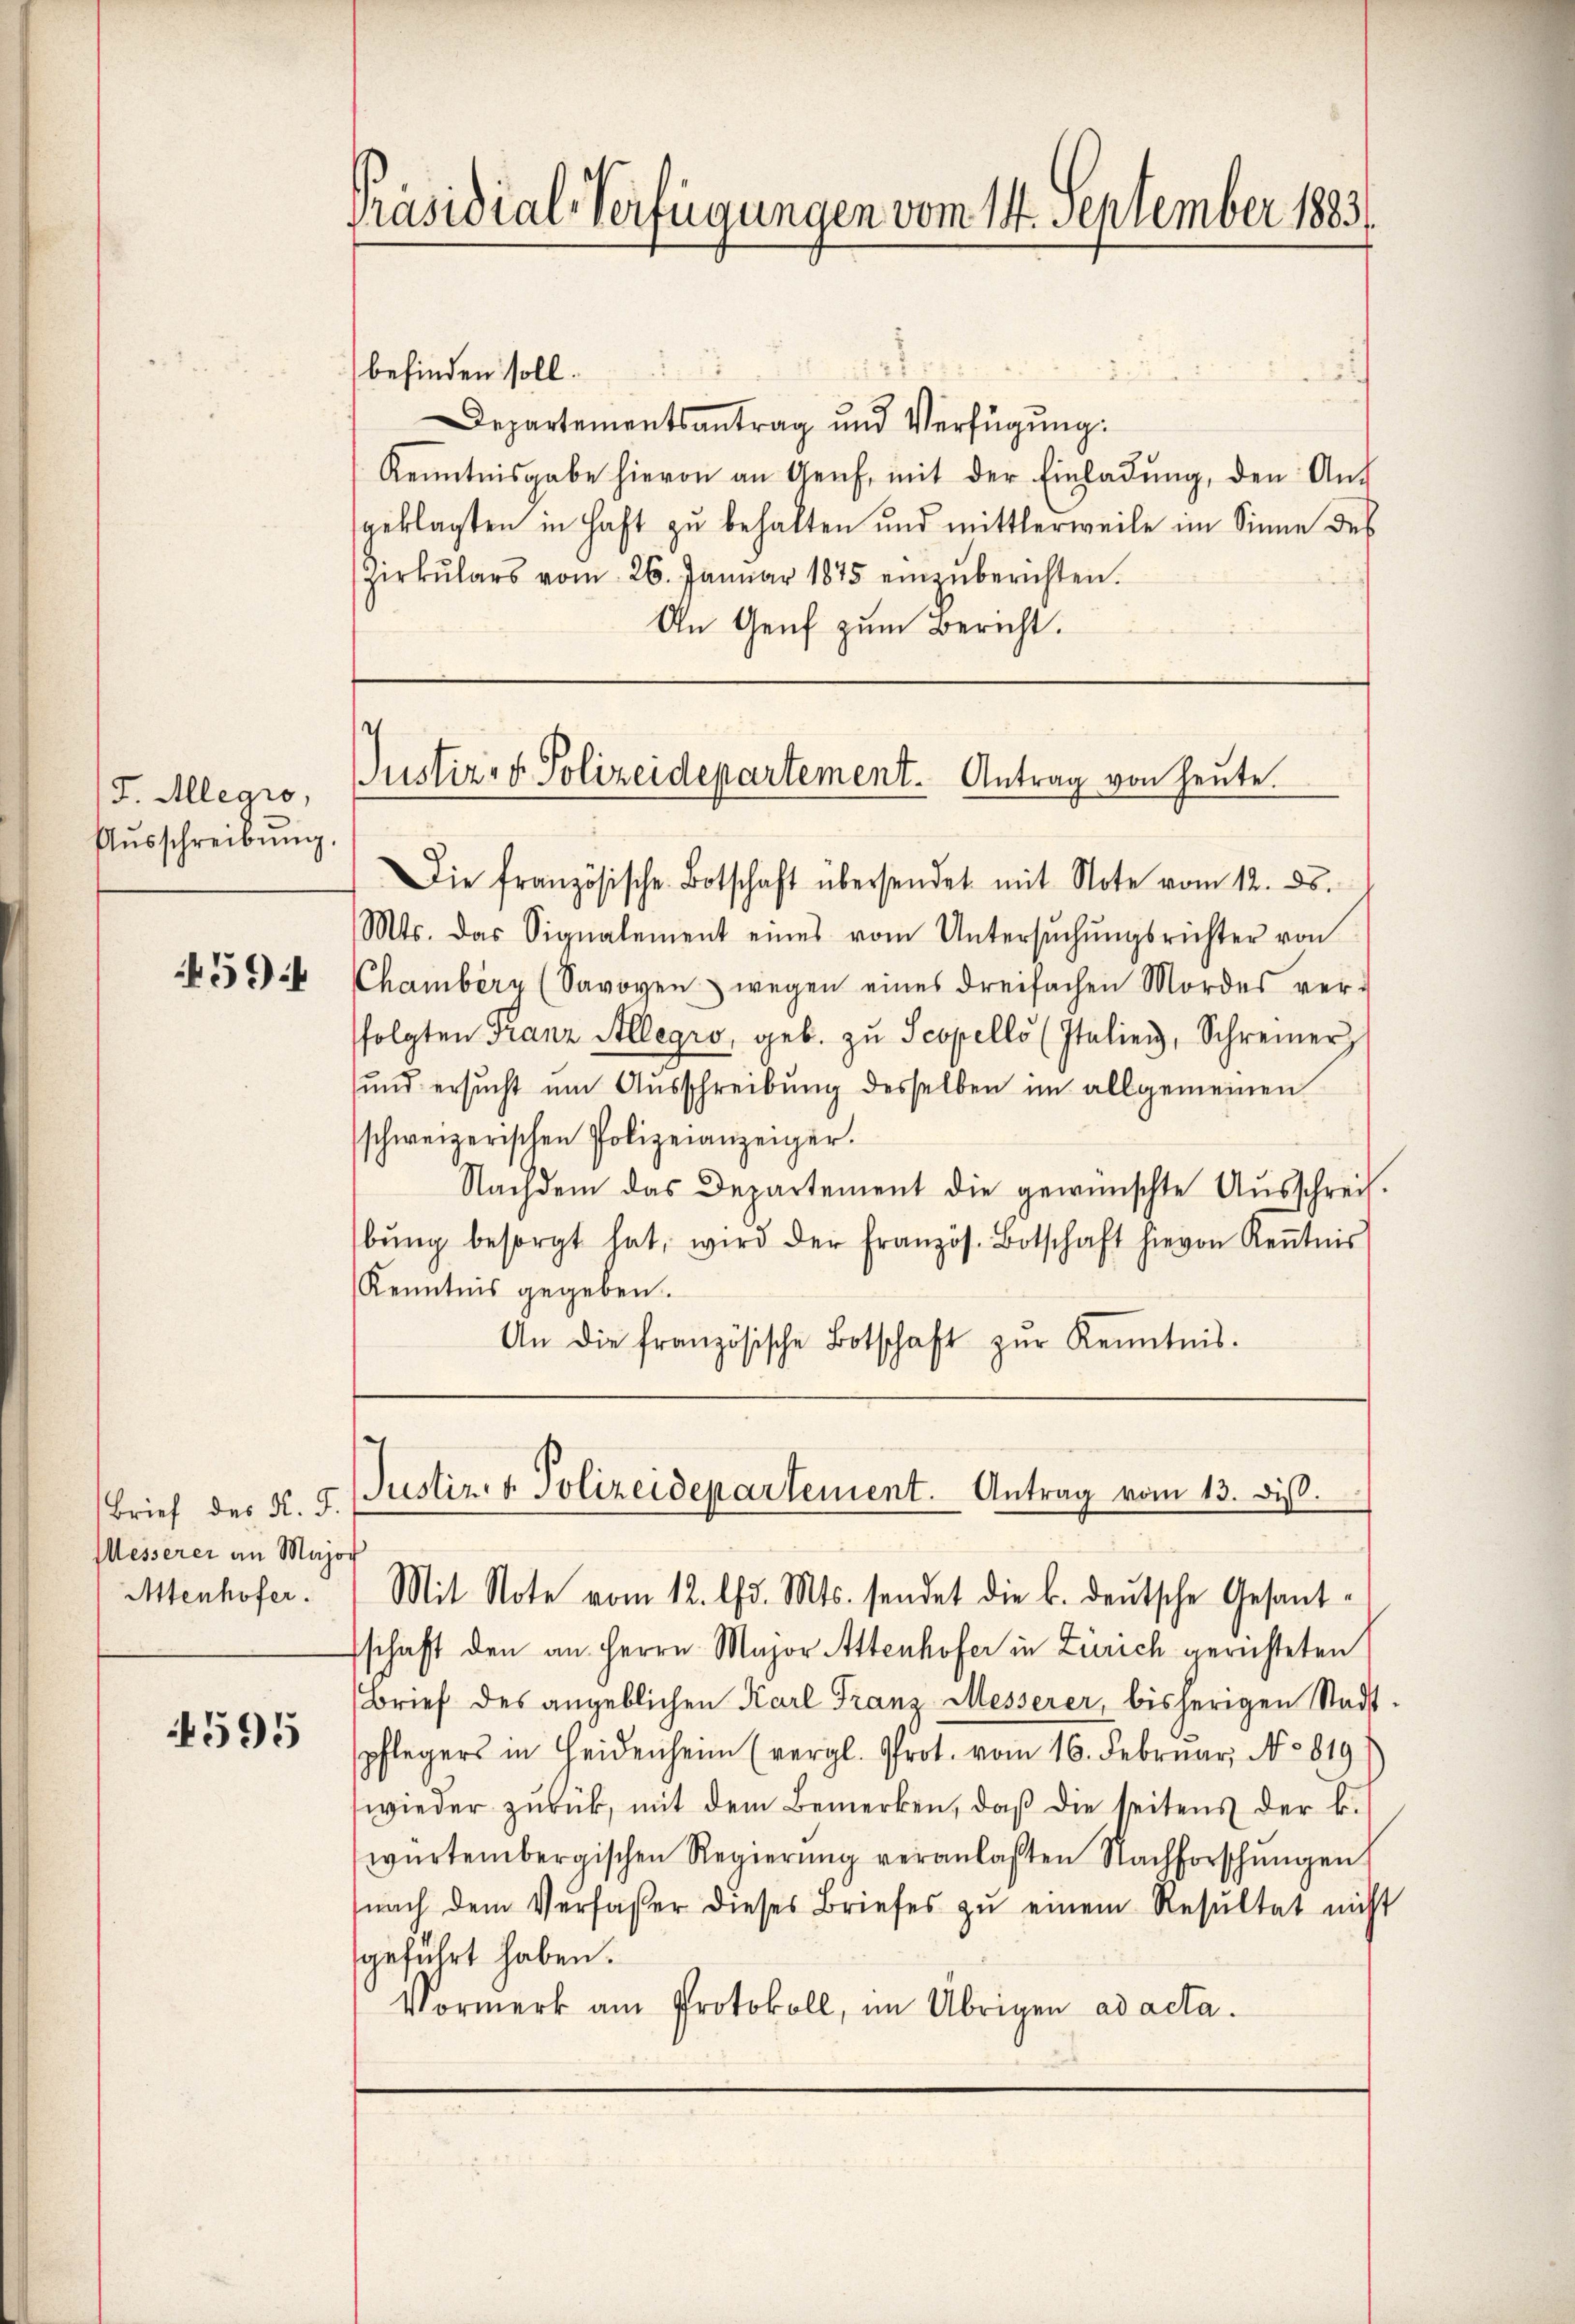
J. Allegiro,
Aŭsschreibŭng.

59:

Brief des N. F.
Messerer an Major
Attenhofer.

4595

Präsidial-Verfügungen vom 14. September 1883

befinden soll.
Departementsantrag und Verfügŭng:
Kenntnisgabe hievon an Genf, mit der Einladŭng, den Aŭf
geklagten in Haft zu behalten und mittlerweile im Sinne des
Zirkŭlars vom 26. Januar 1875 einzŭberichten.
An Genf zum Bericht.

.
Justiz- & Polizeidepartement. Antrag von heute.

Die französische Botschaft übersendet mit Note vom 12. ds.
Mts. das Signalement eines vom Untersŭchŭngsrichter von
Chamberg (Savoyen wegen eines dreifachen Mordes ver-
folgten Franz Allegio, geb. zu Scopello (Italien, Schreiner
und ersucht um Ausschreibung desselben im allgemeinen
schweizerischen Polizeianzeiger.
Nachdem das Departement die gewünschte Aŭsschreif.
bŭng besorgt hat, wird der französ. Botschaft hievon Keṅtnis
Kenntnis gegeben.
An die französische Botschaft zŭr Kenntnis.

Justiz- & Polizeidepartement. Antrag vom 13. diβ.

Mit Note vom 12. l. Mts. sendet die k. deutsche Gesant-
schaft den an Herrn Major Attenhofer in Zürich gerichteten
Brief des angeblichen Karl Franz Messerer, bisherigen Stadt
pflegers in Heidenheim (vergl. Prot. vom 16. Februar, No 819.
wieder zŭrück, mit dem Bemerken, daβ die seitens der k.
würtembergischen Regierŭng veranlaßten Nachforschungen
nach dem Verfaßer dieses Briefes zŭ einem Resŭltat nicht
geführt haben.
Vormerk am Protokoll, im Übrigen ad acta.